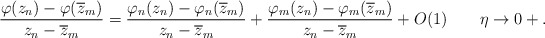
\begin{align*} \frac{\varphi(z_n) - \varphi(\overline z_m)} {z_n-\overline z_m} = \frac{\varphi_n(z_n) - \varphi_n(\overline z_m)} {z_n-\overline z_m} + \frac{\varphi_m(z_n) - \varphi_m(\overline z_m)} {z_n-\overline z_m} + O(1)\quad\quad\eta\to 0+. \end{align*}